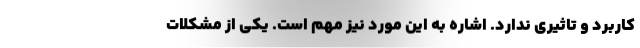
کاربرد و تاثیری ندارد. اشاره به این مورد نیز مهم است. یکی از مشکلات